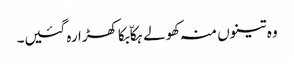
وہ تینوں منہ کھولے ہکاّ بکا کھڑا رہ گئیں۔